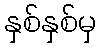
နှစ်နှစ်မှ